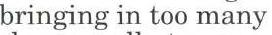
bringing in too many